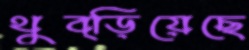
থুব্‌ড়িয়েছে